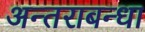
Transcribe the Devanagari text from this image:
अन्तराबन्धा